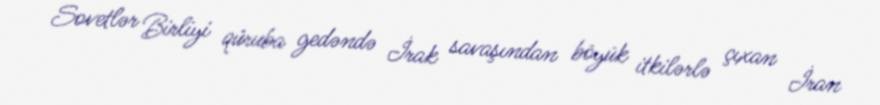
Sovetlər Birliyi qüruba gedəndə İrak savaşından böyük itkilərlə çıxan İran